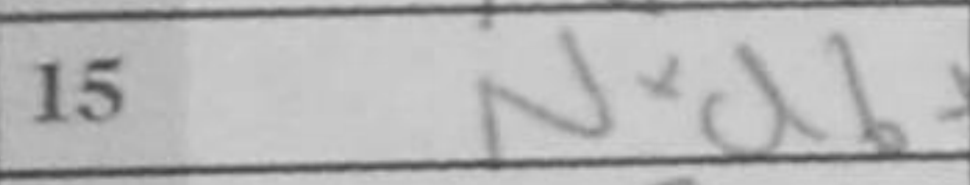
Transcription: Nxd6+